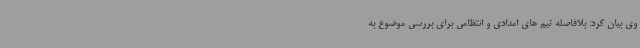
وی بیان کرد:‌ بلافاصله تیم های امدادی و انتظامی برای بررسی موضوع به